Report of the veterinary officer investigating camel disease
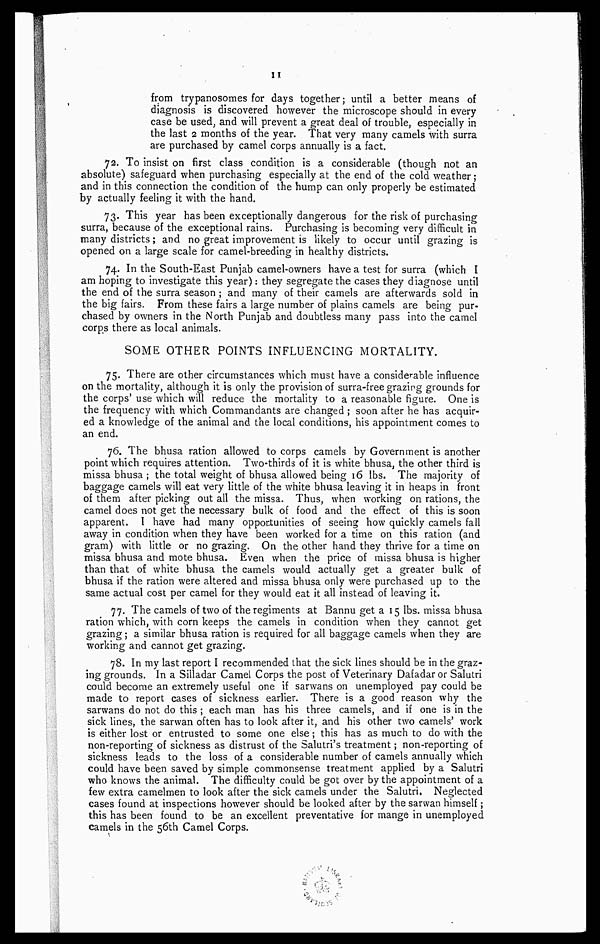
II
from trypanosomes for days together; until a better means of
diagnosis is discovered however the microscope should in every
case be used, and will prevent a great deal of trouble, especially in
the last 2 months of the year. That very many camels with surra
are purchased by camel corps annually is a fact.
72. To insist on first class condition is a considerable (though not an
absolute) safeguard when purchasing especially at the end of the cold weather;
and in this connection the condition of the hump can only properly be estimated
by actually feeling it with the hand.
73. This year has been exceptionally dangerous for the risk of purchasing
surra, because of the exceptional rains. Purchasing is becoming very difficult in
many districts; and no great improvement is likely to occur until grazing is
opened on a large scale for camel-breeding in healthy districts.
74. In the South-East Punjab camel-owners have a test for surra (which I
am hoping to investigate this year): they segregate the cases they diagnose until
the end of the surra season ; and many of their camels are afterwards sold in
the big fairs. From these fairs a large number of plains camels are being pur-
chased by owners in the North Punjab and doubtless many pass into the camel
corps there as local animals.
SOME OTHER POINTS INFLUENCING MORTALITY.
75. There are other circumstances which must have a considerable influence
on the mortality, although it is only the provision of surra-free grazing grounds for
the corps' use which will reduce the mortality to a reasonable figure. One is
the frequency with which Commandants are changed ; soon after he has acquir-
ed a knowledge of the animal and the local conditions, his appointment comes to
an end.
76. The bhusa ration allowed to corps camels by Government is another
point which requires attention. Two-thirds of it is white bhusa, the other third is
missa bhusa ; the total weight of bhusa allowed being 16 lbs. The majority of
baggage camels will eat very little of the white bhusa leaving it in heaps in front
of them after picking out all the missa. Thus, when working on rations, the
camel does not get the necessary bulk of food and the effect of this is soon
apparent. I have had many opportunities of seeing how quickly camels fall
away in condition when they have been worked for a time on this ration (and
gram) with little or no grazing. On the other hand they thrive for a time on
missa bhusa and mote bhusa. Even when the price of missa bhusa is higher
than that of white 3bhusa the camels would actually get a greater bulk of
bhusa if the ration were altered and missa bhusa only were purchased up to the
same actual cost per camel for they would eat it all instead of leaving it.
77. The camels of two of the regiments at Bannu get a 15 lbs. missa bhusa
ration which, with corn keeps the camels in condition when they cannot get
grazing; a similar bhusa ration is required for all baggage camels when they are
working and cannot get grazing.
78. In my last report I recommended that the sick lines should be in the graz-
ing grounds. In a Silladar Camel Corps the post of Veterinary Dafadar or Salutri
could become an extremely useful one if sarwans on unemployed pay could be
made to report cases of sickness earlier. There is a good reason why the
sarwans do not do this ; each man has his three camels, and if one is in the
sick lines, the sarwan often has to look after it, and his other two camels' work
is either lost or entrusted to some one else; this has as much to do with the
non-reporting of sickness as distrust of the Salutri's treatment; non-reportingof
sickness leads to the loss of a considerable number of camels annually which
could have been saved by simple commonsense treatment applied by a Salutri
who knows the animal. The difficulty could be got over by the appointment of a
few extra camelmen to look after the sick camels under the Salutri. Neglected
cases found at inspections however should be looked after by the sarwan himself;
this has been found to be an excellent preventative for mange in unemployed
camels in the 56th Camel Corps.